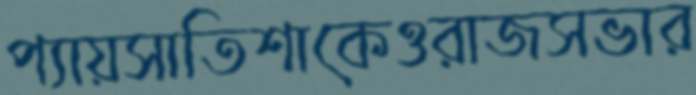
প্যায়সাতিশাকেওরাজসভার